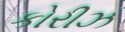
કોરીઝ